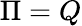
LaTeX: \Pi=Q